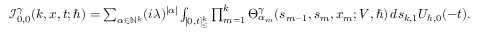
\begin{array} { r } { \mathcal { I } _ { 0 , 0 } ^ { \gamma } ( k , \boldsymbol { x } , t ; \hbar ) = \sum _ { \alpha \in \mathbb { N } ^ { k } } ( i \lambda ) ^ { | \alpha | } \int _ { [ 0 , t ] _ { \leq } ^ { k } } \prod _ { m = 1 } ^ { k } \Theta _ { \alpha _ { m } } ^ { \gamma } ( s _ { m - 1 } , { s } _ { m } , x _ { m } ; V , \hbar ) \, d \boldsymbol { s } _ { k , 1 } U _ { \hbar , 0 } ( - t ) . } \end{array}